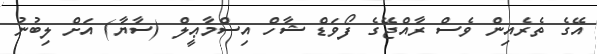
އޭގެ ތެރެއިން ވެސް ރާއްޖޭގެ ފޯވަޑް ޝާހް އިސްމާޢީލް (ސާޔާ) އަށް ލިބުނު